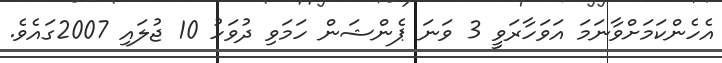
އެހެންކަމަށްވާނަމަ އަވަހާރަވީ 3 ވަނަ ޕެންޝަން ހަމަވި ދުވަހު 10 ޖުލައި 2007ގައެވެ.